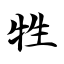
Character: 牲